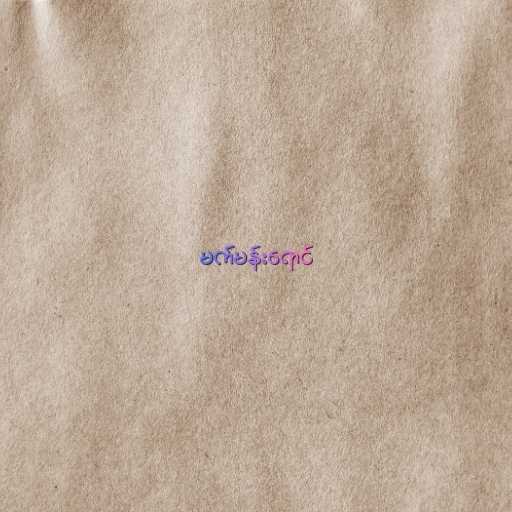
မက်မန်းရောင်